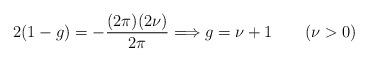
LaTeX: \begin{align*}2(1-g)=-\frac{(2 \pi)(2 \nu)}{2 \pi} \Longrightarrow g=\nu+1\qquad (\nu>0)\end{align*}